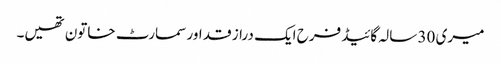
میری 30 سالہ گائیڈ فرح ایک دراز قد اور سمارٹ خاتون تھیں۔